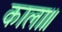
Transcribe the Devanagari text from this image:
काला॥